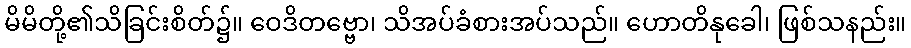
မိမိတို့၏သိခြင်းစိတ်၌။ ဝေဒိတဗ္ဗော၊ သိအပ်ခံစားအပ်သည်။ ဟောတိနုခေါ၊ ဖြစ်သနည်း။